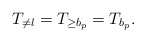
\begin{align*}T_{\neq l}=T_{\geq b_p}=T_{b_p}. \end{align*}